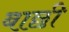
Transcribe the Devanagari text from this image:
बाछी